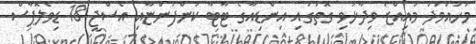
މުހައްމަދު މުއިއްޒު ވިދާޅުވި ގޮތުގައި އިންޑިއާގެ ޓާޓާ ކުންފުންޏާއި އެސްޖީ 18 ޑިވެލޮޕާސް